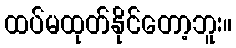
ထပ်မထုတ်နိုင်တော့ဘူး။